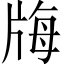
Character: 𤗆